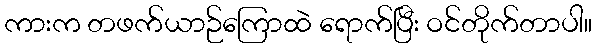
ကားက တဖက်ယာဉ်ကြောထဲ ရောက်ပြီး ဝင်တိုက်တာပါ။